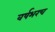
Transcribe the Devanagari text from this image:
वर्षभरच